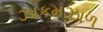
ઝાકમઝાળ